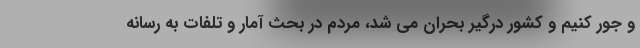
و جور کنیم و کشور درگیر بحران می شد، مردم در بحث آمار و تلفات به رسانه